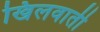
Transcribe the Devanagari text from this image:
खिलवाती